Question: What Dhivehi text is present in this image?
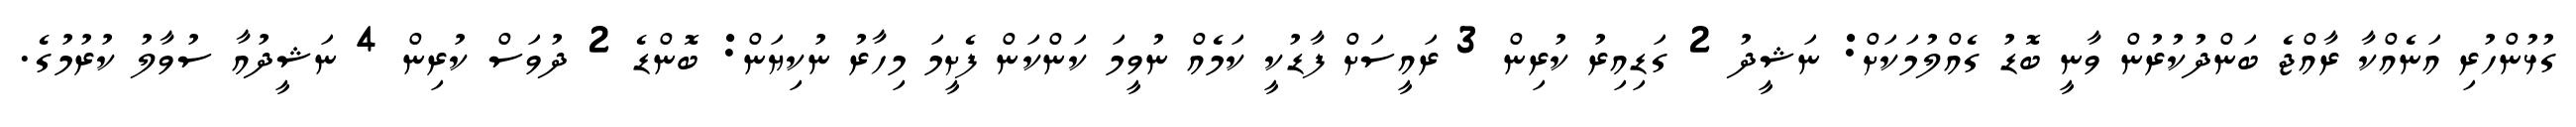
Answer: ގުޅުންހުރި އަނެއްކާ ރާއްޖެ ބަންދުކުރުން ވާނީ ބޮޑު ގެއްލުމަކަށް: ނަޝީދު 2 ގަޑިއިރު ކުރިން 3 ރައީސަށް ފާޑުކީ ކަމެއް ނުވީމަ ކަންކަން ފެށީމަ މިހާރު ނުކިޔަން: ބޮންޑެ 2 ދުވަސް ކުރިން 4 ނަޝީދުއާ ސުވާލު ކުރުމުގެ.